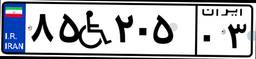
۶۱W۹۸۸۵۵